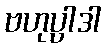
ဗဟုပ္ပါဒါ